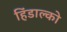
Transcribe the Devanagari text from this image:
हिंडाल्‍को